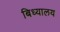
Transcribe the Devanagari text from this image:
बिध्यालय